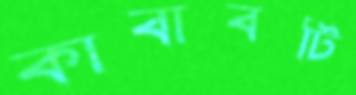
কাবাবটি